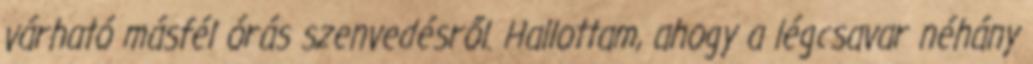
várható másfél órás szenvedésről. Hallottam, ahogy a légcsavar néhány